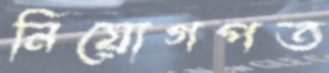
নিয়োগপত